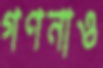
গণনাও